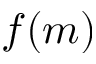
f ( m )